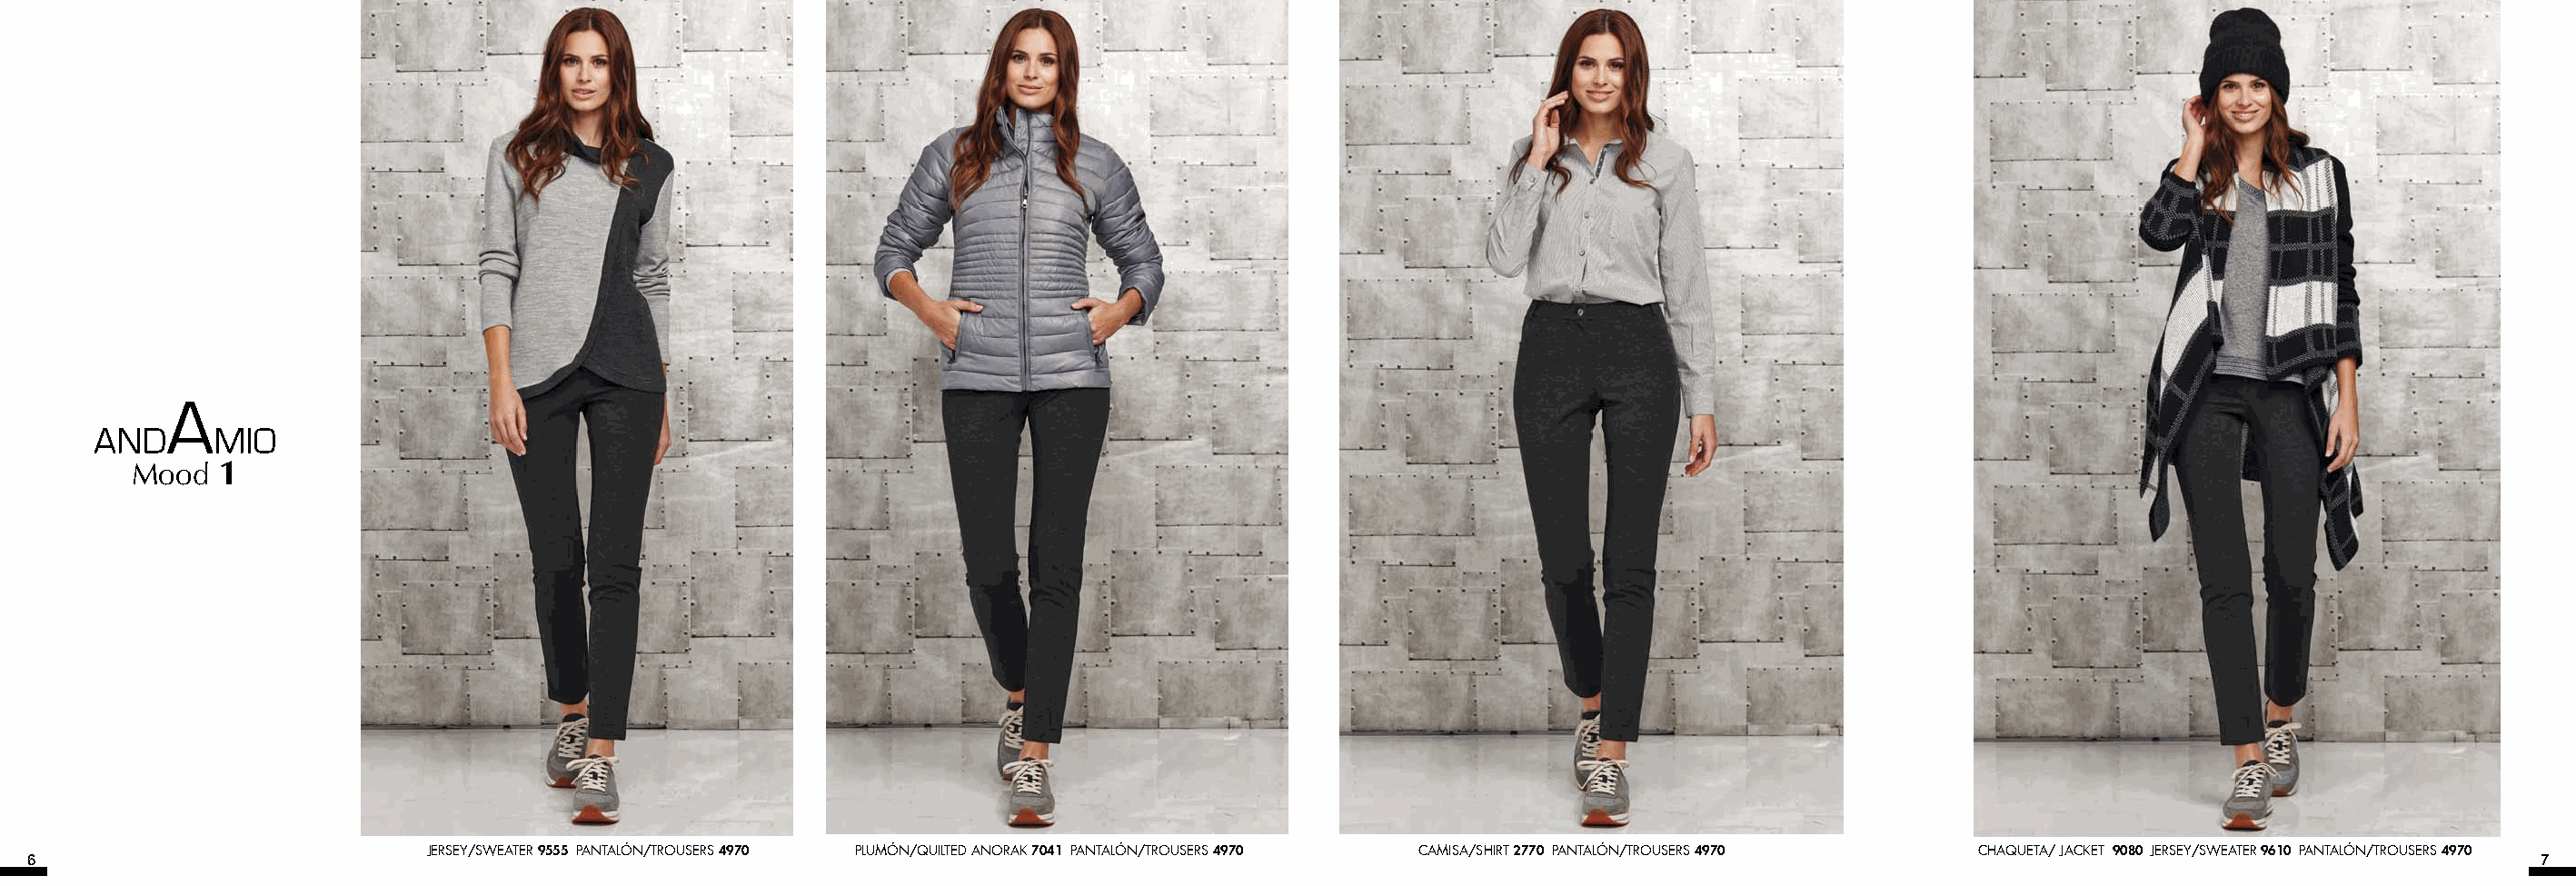
Mood  1
 JERSEY/SWEATER 9555 PANTALÓN/TROUSERS 4970 PLUMÓN/QUILTED ANORAK 7041 PANTALÓN/TROUSERS 4970 CAMISA/SHIRT 2770 PANTALÓN/TROUSERS 4970 CHAQUETA/ JACKET 9080 JERSEY/SWEATER 9610 PANTALÓN/TROUSERS 4970
 6                                                                                                                                                                                      7